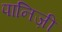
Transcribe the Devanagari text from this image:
पानिज़ी